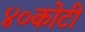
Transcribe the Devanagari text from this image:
४०कोटी